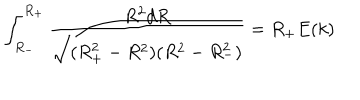
\int _ { R _ { - } } ^ { R _ { + } } \frac { R ^ { 2 } d R } { \sqrt { ( R _ { + } ^ { 2 } - R ^ { 2 } ) ( R ^ { 2 } - R _ { - } ^ { 2 } ) } } = R _ { + } E ( k )